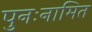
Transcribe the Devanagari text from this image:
पुनःनामित